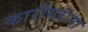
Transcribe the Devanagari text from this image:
कारीगरांना